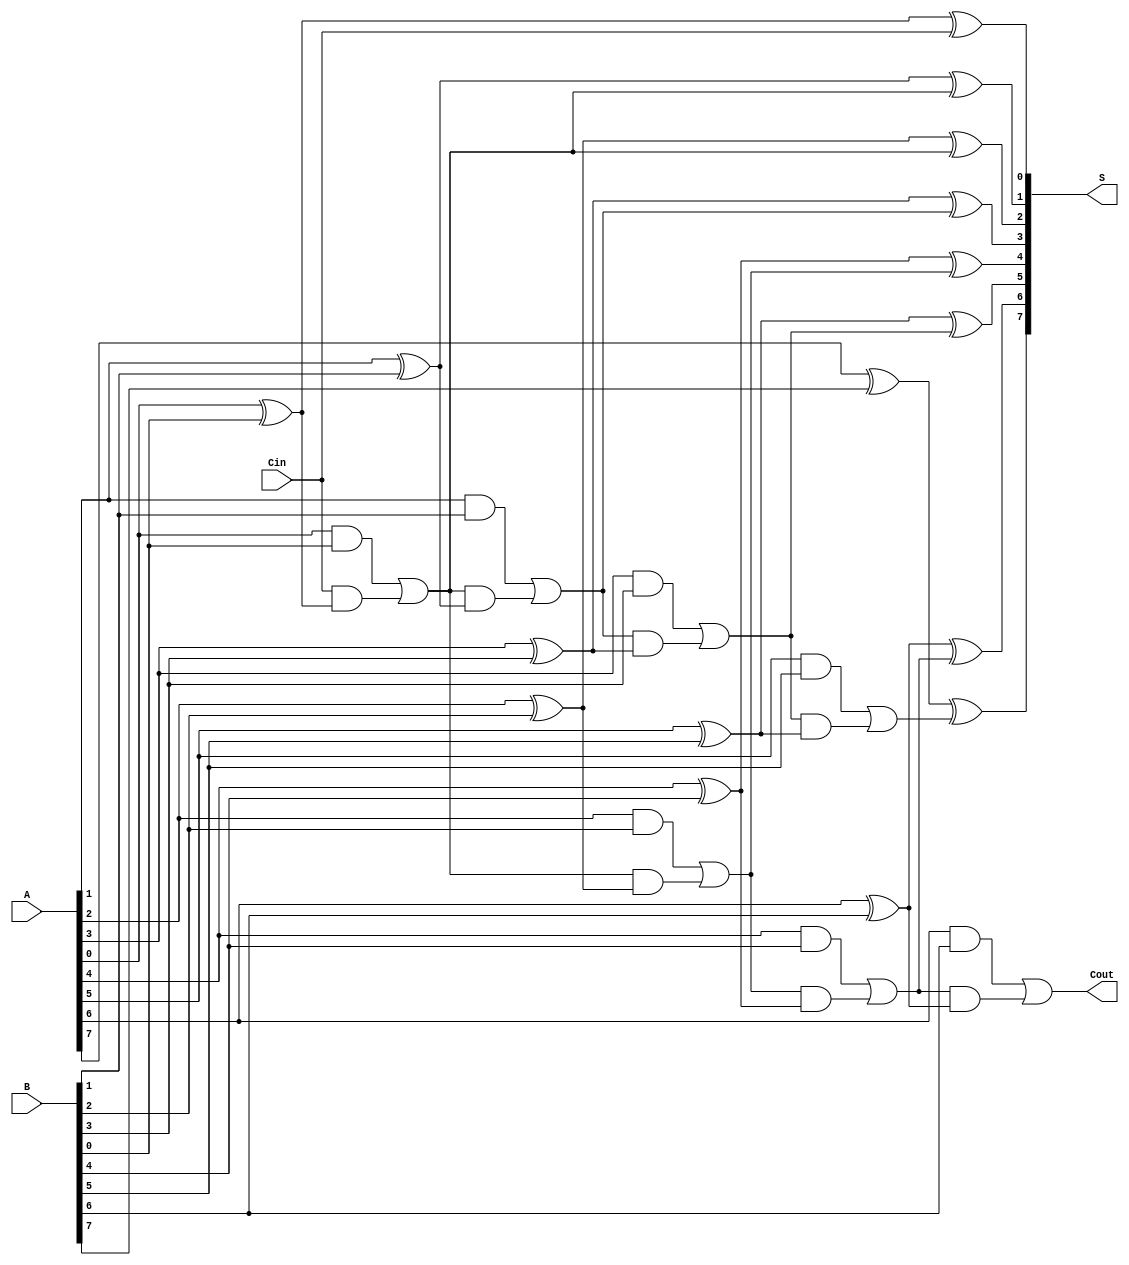
module conditional_sum_adder #(
    parameter N = 8 // Bit-width of the adder
)(
    input  [N-1:0] A,      // First n-bit input
    input  [N-1:0] B,      // Second n-bit input
    input         Cin,      // Carry-in
    output [N-1:0] S,      // Sum output
    output        Cout      // Carry-out
);

    wire [N-1:0] P;        // Partial sums
    wire [N-1:0] C0;       // Carry assuming no carry-in
    wire [N-1:0] C1;       // Carry assuming carry-in
    wire [N-1:0] C;        // Final carry signals

    // Generate partial sums and carry signals
    genvar i;
    generate
        for (i = 0; i < N; i = i + 1) begin: CSA
            // Calculate partial sum
            assign P[i] = A[i] ^ B[i] ^ (i == 0 ? Cin : C[i-1]);

            // Generate carries
            assign C0[i] = (A[i] & B[i]) | ((i == 0 ? Cin : C[i-1]) & (A[i] ^ B[i]));
            assign C1[i] = C0[i]; // In this case, C1 is the same as C0
            
            // Select carry for next stage
            if (i > 0) begin
                assign C[i] = Cin ? C1[i-1] : C0[i-1];
            end else begin
                assign C[i] = Cin ? C1[i] : C0[i];
            end
        end
    endgenerate

    // Final sum and carry-out
    assign S = P; // The final sum is the same as the partial sums
    assign Cout = C[N-1]; // Final carry-out

endmodule